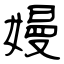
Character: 嫚